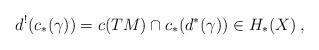
LaTeX: \begin{align*}d^!(c_*(\gamma)) = c(TM) \cap c_*(d^*(\gamma)) \in H_*(X)\:,\end{align*}